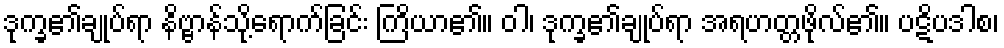
ဒုက္ခ၏ချုပ်ရာ နိဗ္ဗာန်သို့ရောက်ခြင်း ကြိယာ၏။ ဝါ၊ ဒုက္ခ၏ချုပ်ရာ အရဟတ္တဖိုလ်၏။ ပဋိပဒါစ၊